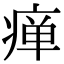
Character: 瘅